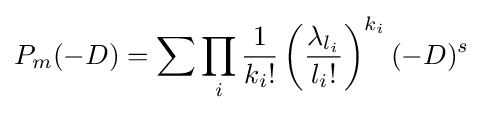
P_{m}(-D)=\sum \prod _{i}{\frac {1}{k_{i}!}}\left({\frac {\lambda _{l_{i}}}{l_{i}!}}\right)^{k_{i}}(-D)^{s}